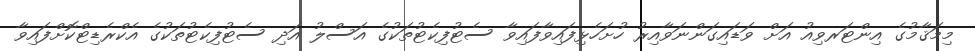
މިމަޤާމުގެ އިންޓަރވިއު އަށް ވަޑައިގަންނަވާއިރު ހުށަހެޅިފައިވާފައިވާ ސެޓުފިކެޓުތަކުގެ އަސްލު އަދި ސެޓުފިކެޓުތަކުގެ އެކްރެޑިޓްކޮށްފައިވާ